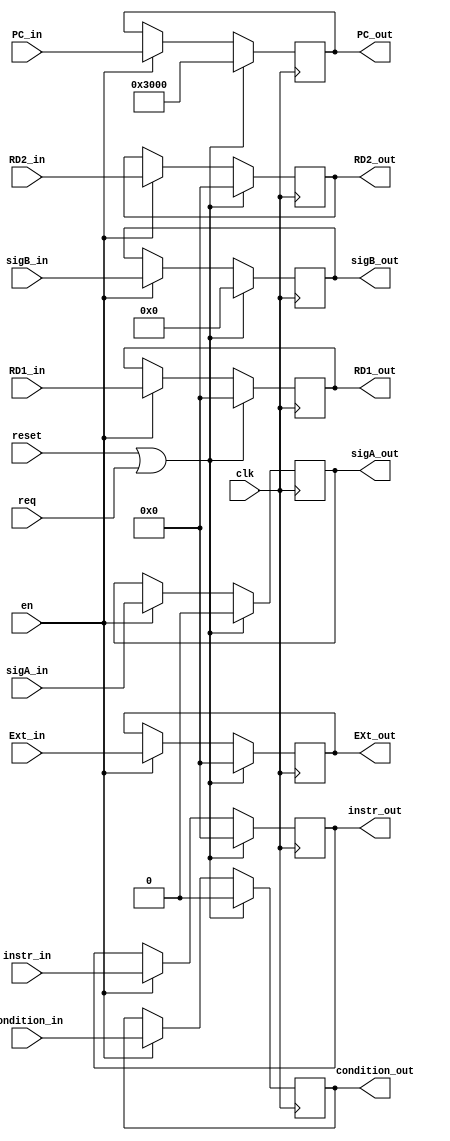
module ID_EX (
	input req,

	input clk,    // Clock
	input reset,
	input en,
	input[31:0] instr_in,
	input [31:0] RD1_in,
	input [31:0] RD2_in,
	input[31:0] PC_in,
	output reg[31:0] RD1_out,
	output reg[31:0] RD2_out,
	output reg[31:0] instr_out,
	output reg[31:0] PC_out,
	input [31:0] Ext_in,
	output reg[31:0] EXt_out,
	input sigA_in,
	output reg sigA_out,
	input[4:0] sigB_in,
	output reg[4:0] sigB_out,
	input condition_in,
	output reg condition_out
);

		always @(posedge clk ) begin
			if(reset||req) begin
				instr_out <= 0;
				RD1_out <= 0;
				RD2_out <=0;
				PC_out <= 32'h00003000;
				EXt_out<=0;
				sigA_out<=0;
				sigB_out<=0;
				condition_out<=0;
			end else begin
				if(en)begin
					instr_out <= instr_in;
					RD1_out <= RD1_in;
					RD2_out <= RD2_in;
					PC_out <= PC_in;
					EXt_out <=Ext_in;
					sigA_out<=sigA_in;
					sigB_out<=sigB_in;
					condition_out<=condition_in;
				end
			end
		end 


endmodule